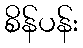
စိန်ပန်း